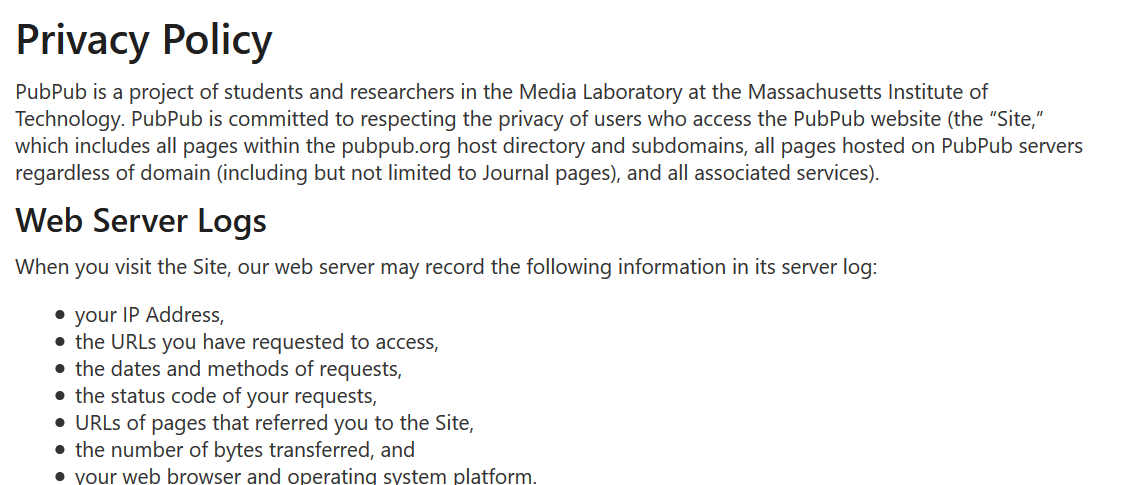
Privacy    Policy
  Web Server    Logs
  PubPub Is a project of students and researchers in the Media Laboratory at the Massachusetts Institute of
  Technology. PubPub is committed to respecting the privacy of users who access the PubPub website (the “Site,”
  which includes all pages within the pubpub.org host directory and subdomains, all pages hosted on PubPub servers
  regardless of domain (including but not limited to Journal pages), and all associated services).
     When you visit the Site, our web server may record the following information in its server log:
     @ the URLs you have requested to access,
     @ the dates and methods of requests,
     e the status code of your requests,
     @ URLs oT pages that referred you to the Site,
     e the number of bytes transferred, and
     @® vonirweh hrowcer and onneratinn cvctem niattnrm